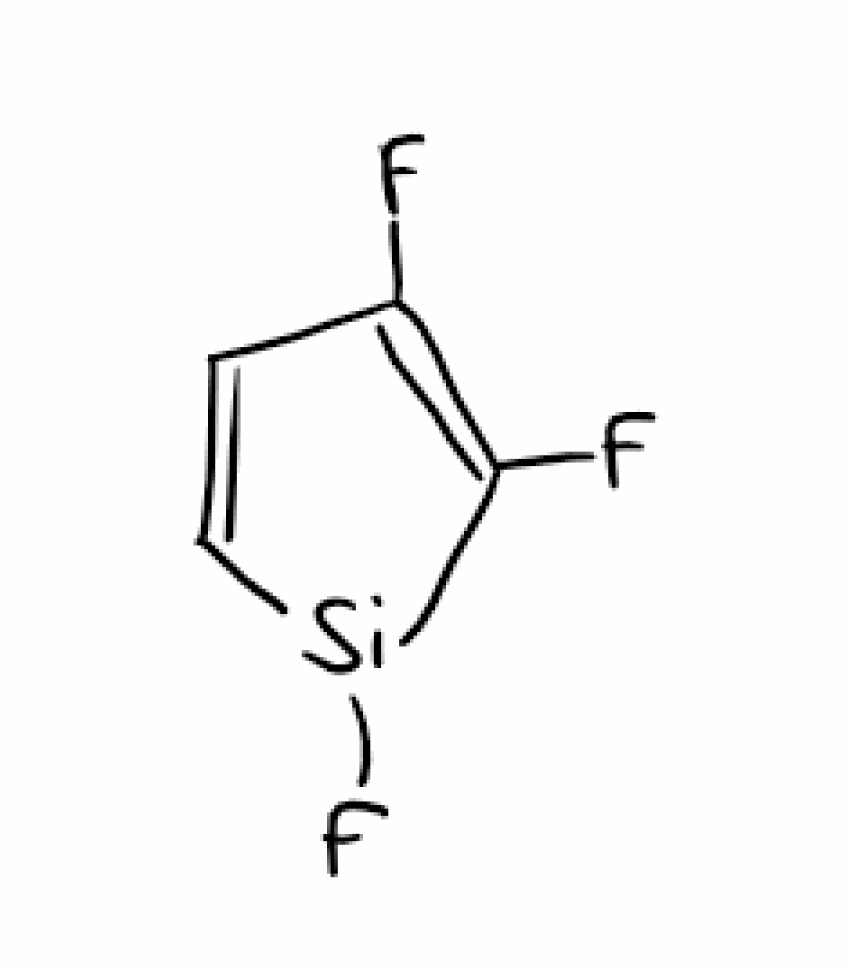
Simplified molecular-input line-entry system (SMILES) notation of the given molecule:
C1=C[Si](C(=C1F)F)F